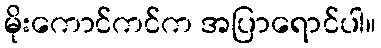
မိုးကောင်ကင်က အပြာရောင်ပါ။